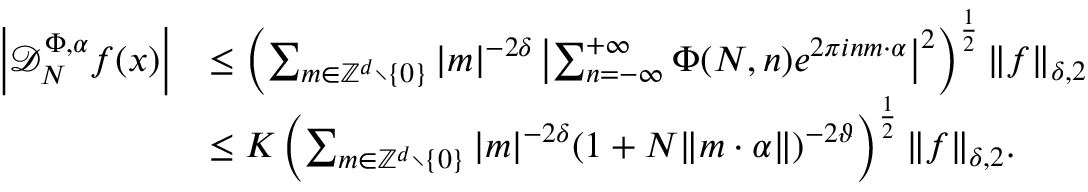
\begin{array} { r l } { \left| \mathcal D _ { N } ^ { \Phi , \alpha } f ( x ) \right| } & { \leq \left( \sum _ { m \in \mathbb { Z } ^ { d } \setminus \{ 0 \} } \vert m \vert ^ { - 2 \delta } \left\vert \sum _ { n = - \infty } ^ { + \infty } \Phi ( N , n ) e ^ { 2 \pi i n m \cdot \alpha } \right\vert ^ { 2 } \right) ^ { \frac { 1 } { 2 } } \| f \| _ { \delta , 2 } } \\ & { \leq K \left( \sum _ { m \in \mathbb { Z } ^ { d } \setminus \{ 0 \} } \vert m \vert ^ { - 2 \delta } ( 1 + N \Vert m \cdot \alpha \Vert ) ^ { - 2 \vartheta } \right) ^ { \frac { 1 } { 2 } } \| f \| _ { \delta , 2 } . } \end{array}